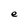
Character: e